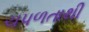
ચપળતાથી